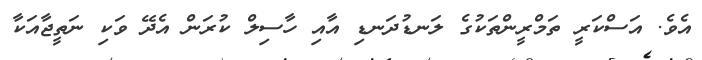
އެވެ. އަސްކަރީ ތަމްރީންތަކުގެ ލަނޑުދަނޑި އާއި ހާސިލް ކުރަން އެދޭ ވަކި ނަތީޖާއަކާ